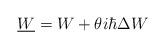
LaTeX: \begin{align*}\underline W = W + \theta i\hbar \Delta W\end{align*}